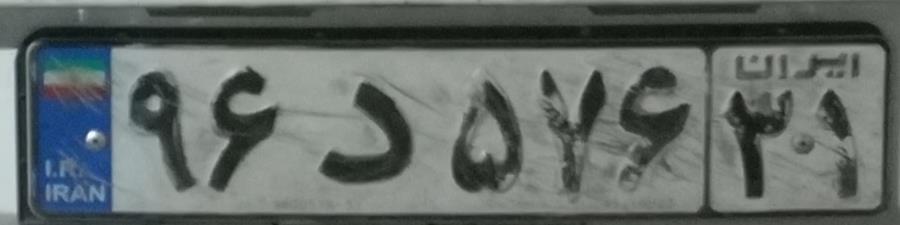
۹۶د۵۷۶۳۱